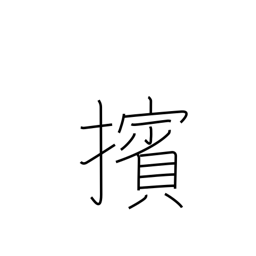
Meaning: push (people) back